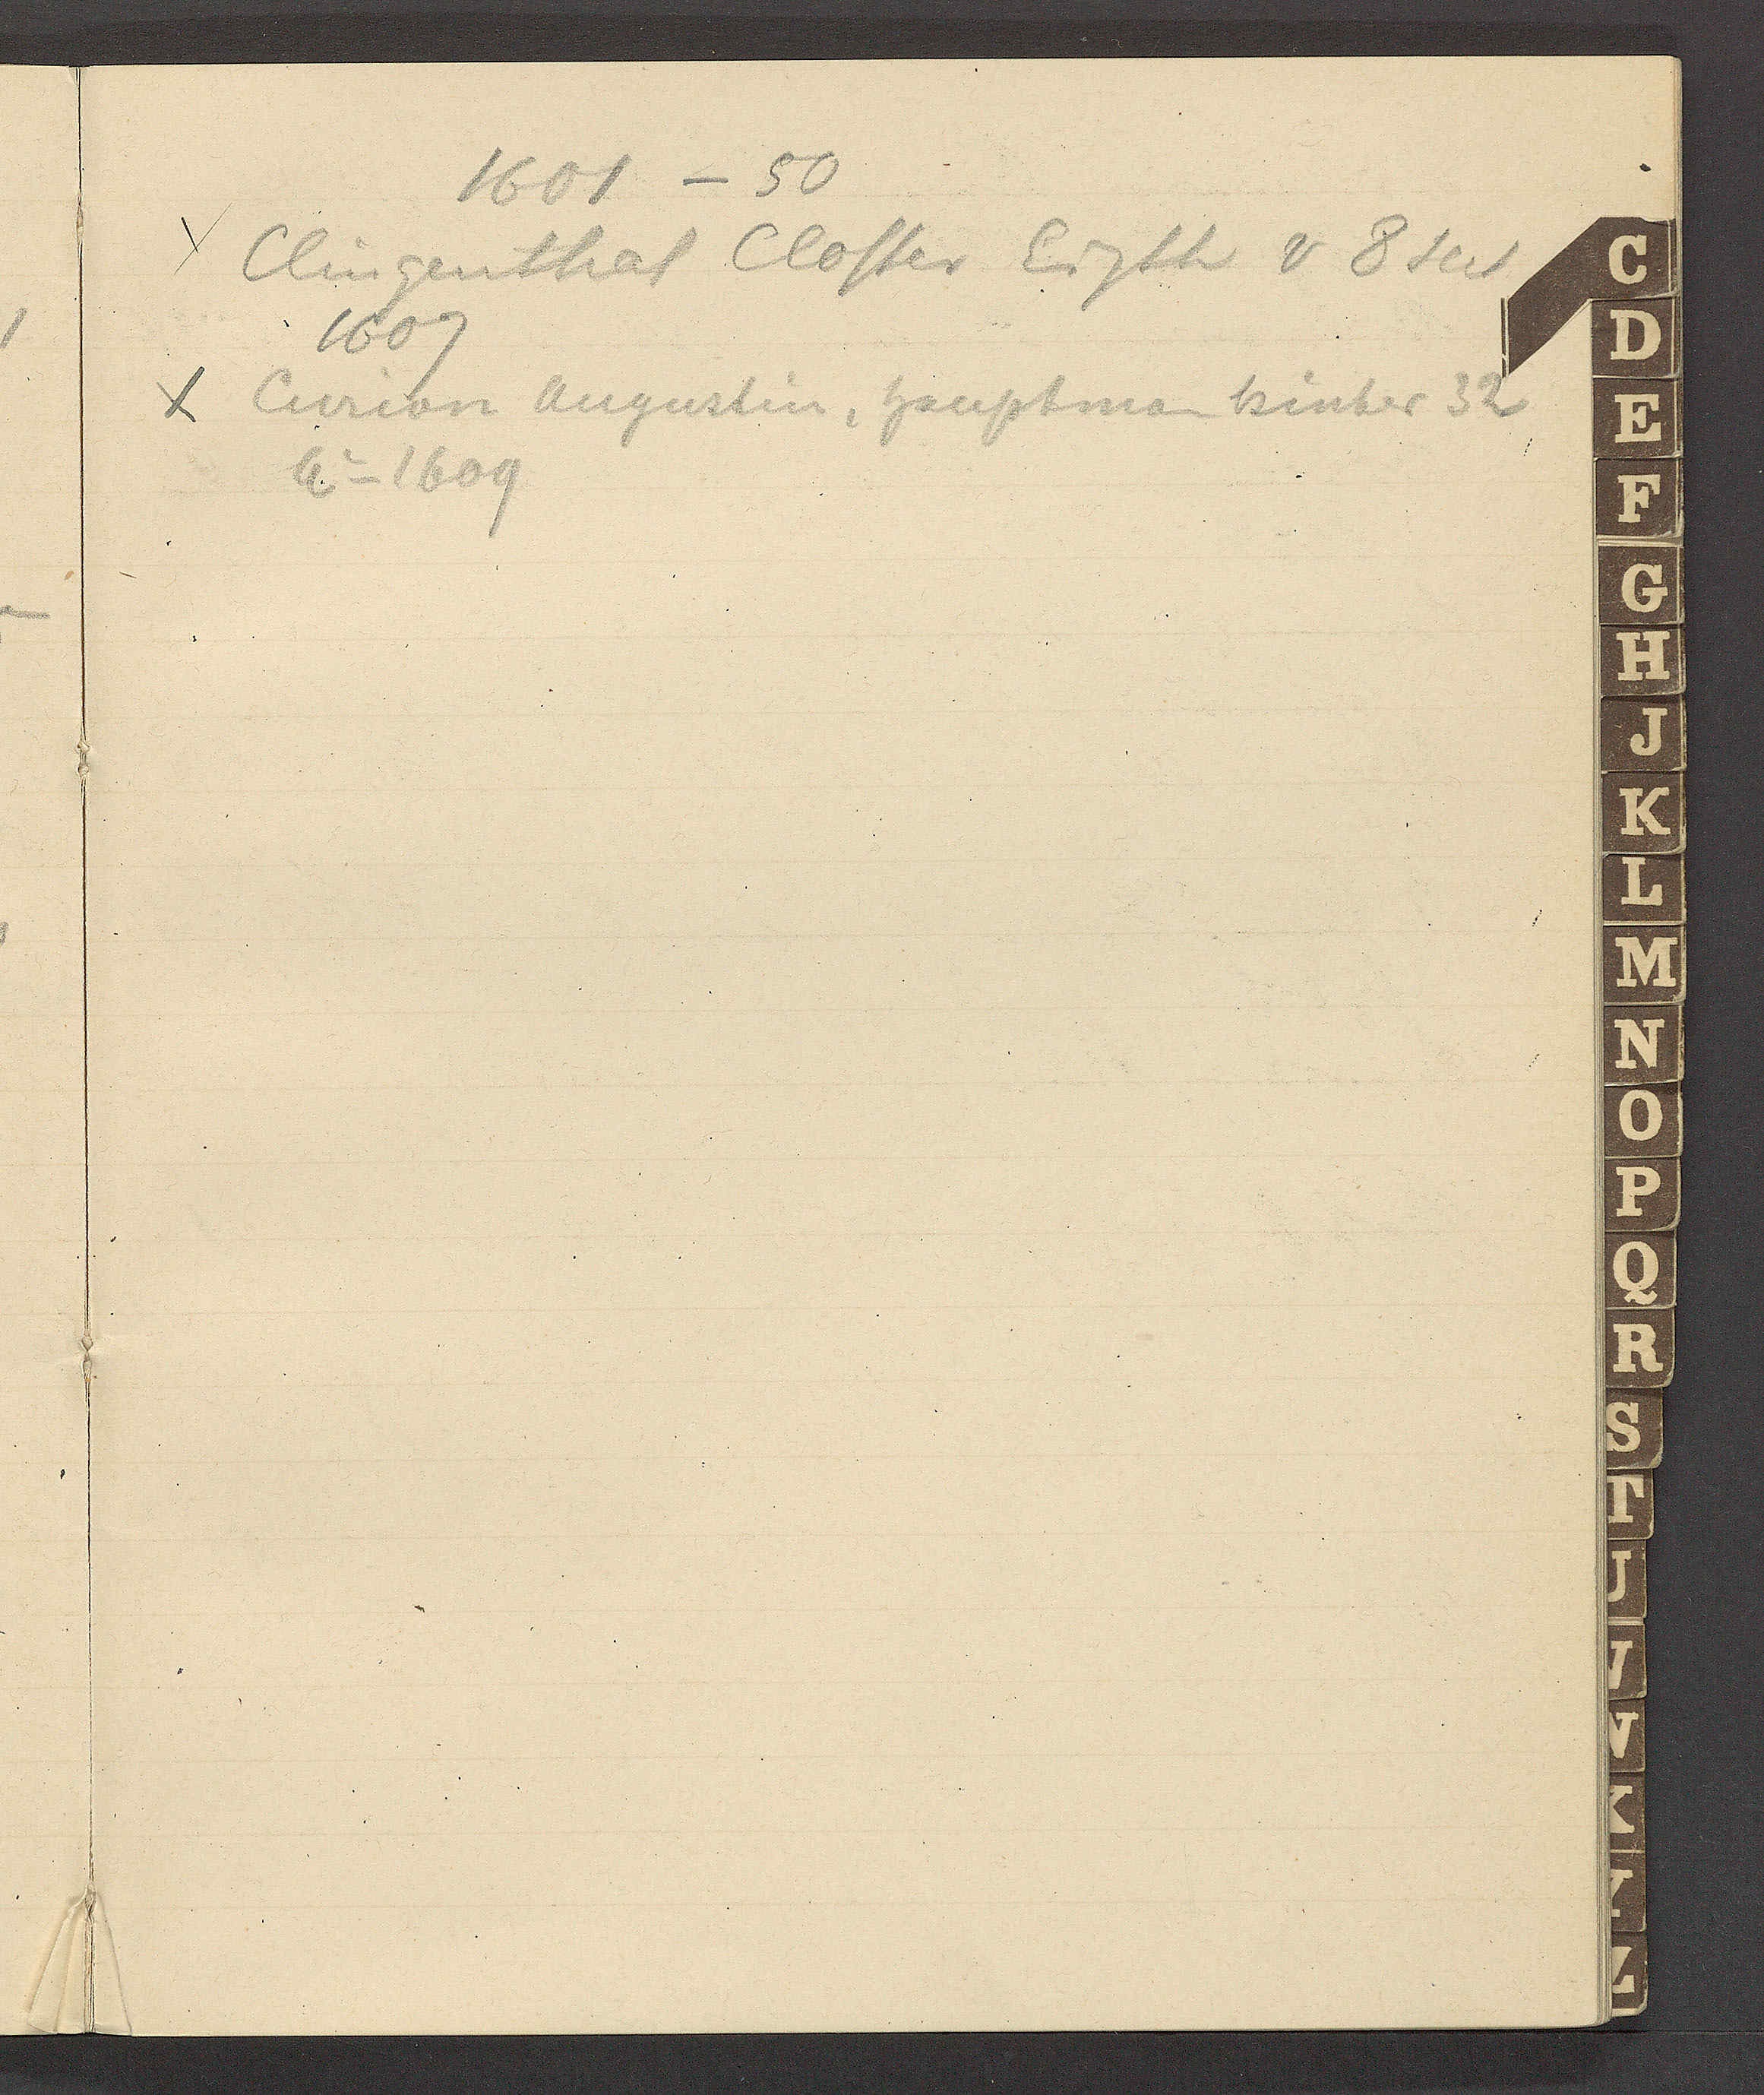
Transcript:
1601 – 50

χ Clingenthal Closter Eigth v 8 seit
1609

χ Curion Augustin, Hauptman hinter 32
Ao 1609